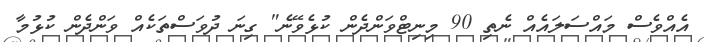
އެއްވެސް މައްސަލައެއް ނެތި 90 މިނިޓްވަންދެން ކުޅެވޭނެ" ގިނަ ދުވަސްތަކެއް ވަންދެން ކުޅުމާ